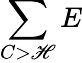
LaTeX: \sum\limits_{C>\mathscr{H}}E